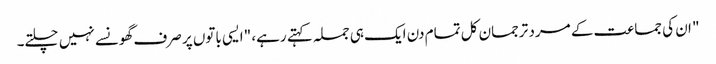
" ان کی جماعت کے مرد ترجمان کل تمام دن ایک ہی جملہ کہتے رہے، "ایسی باتوں پر صرف گھونسے نہیں چلتے۔